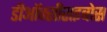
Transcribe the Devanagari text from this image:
डीऑक्सीराइबोस